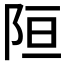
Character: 𲉎